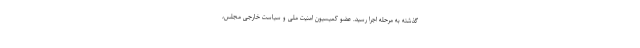
گذشته به مرحله اجرا رسید. عضو کمیسیون امنیت ملی و سیاست خارجی مجلس،